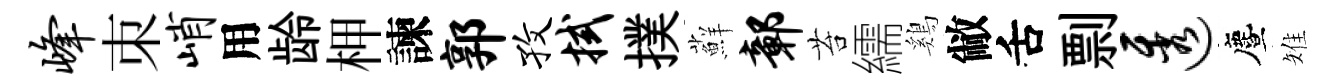
峰朿峭用龄柙諫郭孜拭撲蘚鄣苔繻鷄敝舌剽透󵨌雉